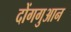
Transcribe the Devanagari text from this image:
दोंगगुआन